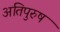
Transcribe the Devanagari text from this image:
अतिपुरुष